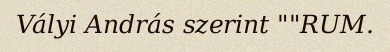
Vályi András szerint ""RUM.